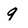
Character: g